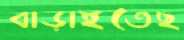
বাড়াইতেছ